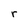
Character: r